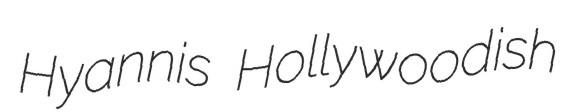
Hyannis Hollywoodish